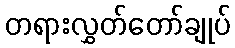
တရားလွှတ်တော်ချုပ်